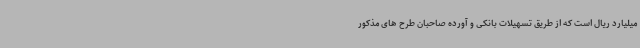
میلیارد ریال است که از طریق تسهیلات بانکی و آورده صاحبان طرح های مذکور